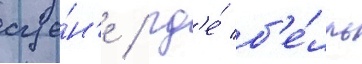
сце́н'е / гд'е́ б'е́лль